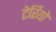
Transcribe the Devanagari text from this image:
टेर्रियो